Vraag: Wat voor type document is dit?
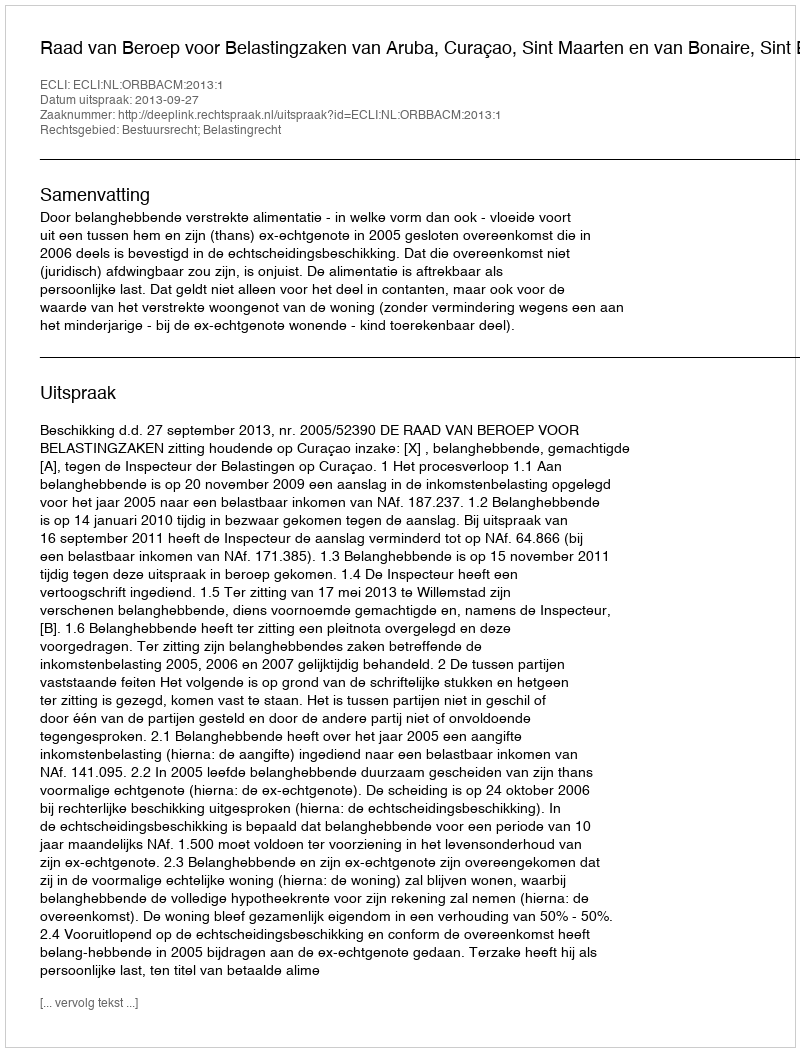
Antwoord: Uitspraak